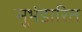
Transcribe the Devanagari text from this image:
सुभंडारित